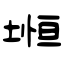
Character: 堩